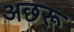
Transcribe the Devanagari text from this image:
अछरू